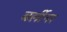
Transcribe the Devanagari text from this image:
बर्लीनर